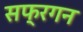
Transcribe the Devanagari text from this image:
सफ्रगन